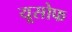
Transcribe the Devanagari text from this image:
यूसोफ